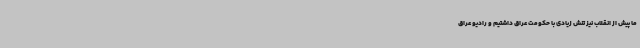
ما پیش از انقلاب نیز تنش زیادی با حکومت عراق داشتیم و رادیو عراق